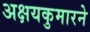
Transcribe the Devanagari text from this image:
अक्षयकुमारने